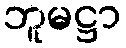
ဘူမဋ္ဌာ